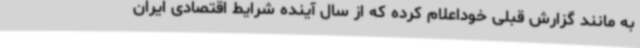
به مانند گزارش قبلی خوداعلام کرده که از سال آینده شرایط اقتصادی ایران